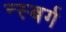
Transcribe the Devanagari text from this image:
न्स्बर्ग